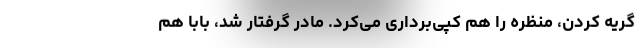
گریه کردن، منظره را هم کپی‌برداری می‌کرد. مادر گرفتار شد، بابا هم